Reports on military cantonments and civil stations in the Presidency of Bombay inspected by the Sanitary Commissioner in the years 1875 and 1876
Year: 1875
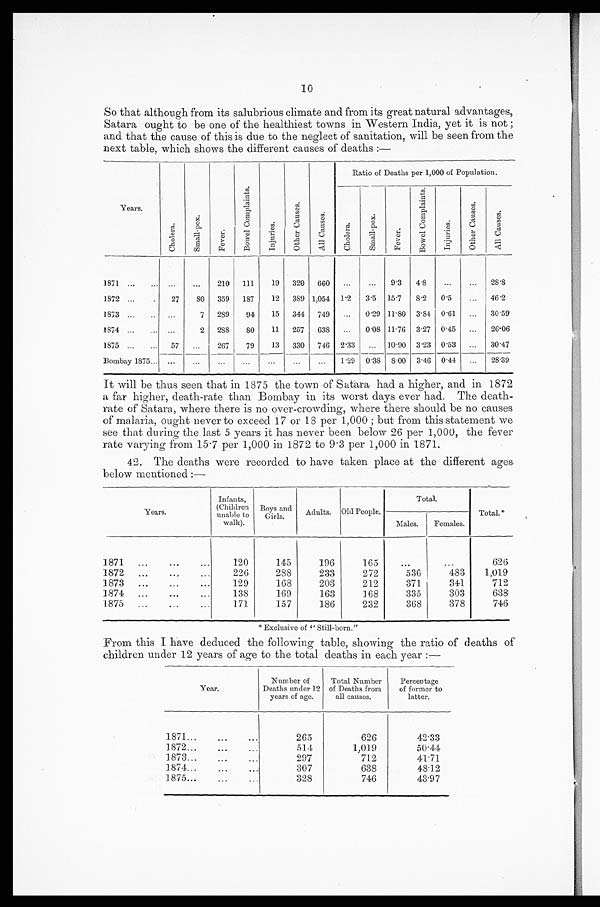
10
So that although from its salubrious climate and from its great natural advantages,
Satara ought to be one of the healthiest towns in Western India, yet it is not;
and that the cause of this is due to the neglect of sanitation, will be seen from the
next table, which shows the different causes of deaths:—
Years
C h o l e r a .
S m a l l p o x .
F e v e r .
B o w e l C o m p l a i n t s .
I n j u r i e s .
O t h e r C a u s e s .
A l l C a u s e s .
Ratio of Deaths per 1,000 of Population.
C h o l e r a .
S m a l l p o x .
F e v e r .
B o w e l C o m p l a i n t s .
I n j u r i e s .
O t h e r C a u s e s .
A l l C a u s e s .
1871 . . .
. . .
. . .
210
1 1 1
19
320
660
. . .
. . .
9.3
4.8
. . .
. . .
28.8
1872 . . .
27
80
359
187
12
389 1,054 1.2
3.5 15.7 8.2
0.5
. . . 46.2
1873 . . .
. . .
7
289
94
15
344
749
. . . 0.29 11.08 3.84 0.61
. . . 30.59
1874 . . .
. . .
2
288
80
11
257
638
. . .
0.08 11.76
3.27 0.45
. . .
26.06
1875 . . .
57
. . .
267
79
13
330
746
2.33
. . . 10.90 3.23 0.53
. . .
30.47
Bombay 1875 . . .
. . .
. . .
. . .
. . .
. . .
. . .
. . .
1.29
0.38 8.00
3.46
0.44
. . .
28.39
It will be thus seen that in 1875 the town of Satara had a higher, and in 1872
a far higher, death-rate than Bombay in its worst days ever had. The death
-rate of Satara, where there is no over-crowding, where there should be no causes
of malaria, ought never to exceed 17 or 18 per 1,000; but from this statement we
see that during the last 5 years it has never been below 26 per 1,000, the fever
rate varying from 15.7 per 1,000 in 1872 to 9.3 per 1,000 in 1871.
42. The deaths were recorded to have taken place at the different ages
below mentioned:—
Years.
Infants,
(Children
unable to
walk).
Boys and
Girls.
Adults. Old People.
Total.
Total.*
Males.
Females.
1871 . . .
120
145
196
165
. . .
. . .
626
1872 . . .
226
288
233
272
536
483
1,019
1873 . . .
129
168
203
212
371
341
712
1874 . . .
138
169
163
168
335
303
638
1875 . . .
171
157
186
232
368
378
746
*Exclusive of "Still-born."
From this I have deduced the following table, showing the ratio of deaths of
children under 12 years of age to the total deaths in each year:—
Year.
Number of
Deaths under 12
years of age.
Total Number
of Deaths from
all causes.
Percentage
of former to
latter.
1871 . . .
265
626
42.33
1872 . . .
514
1,019
50.44
1873 . . .
297
712
41.71
1874 . . .
307
638
48.12
1875 . . .
328
746
43.97